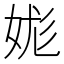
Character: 娏